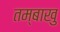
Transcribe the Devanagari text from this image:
तम्बाखु